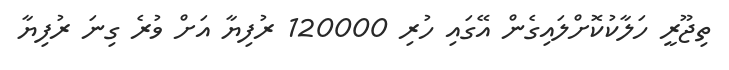
ތިޖޫރީ ހަލާކުކޮށްލައިގެން އޭގައި ހުރި 120000 ރުފިޔާ އަށް ވުރެ ގިނަ ރުފިޔާ